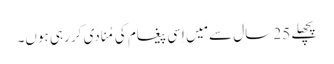
‏ پچھلے 25 سال سے مَیں اِسی پیغام کی مُنادی کر رہی ہوں۔